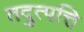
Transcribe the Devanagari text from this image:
तदुत्पत्ति